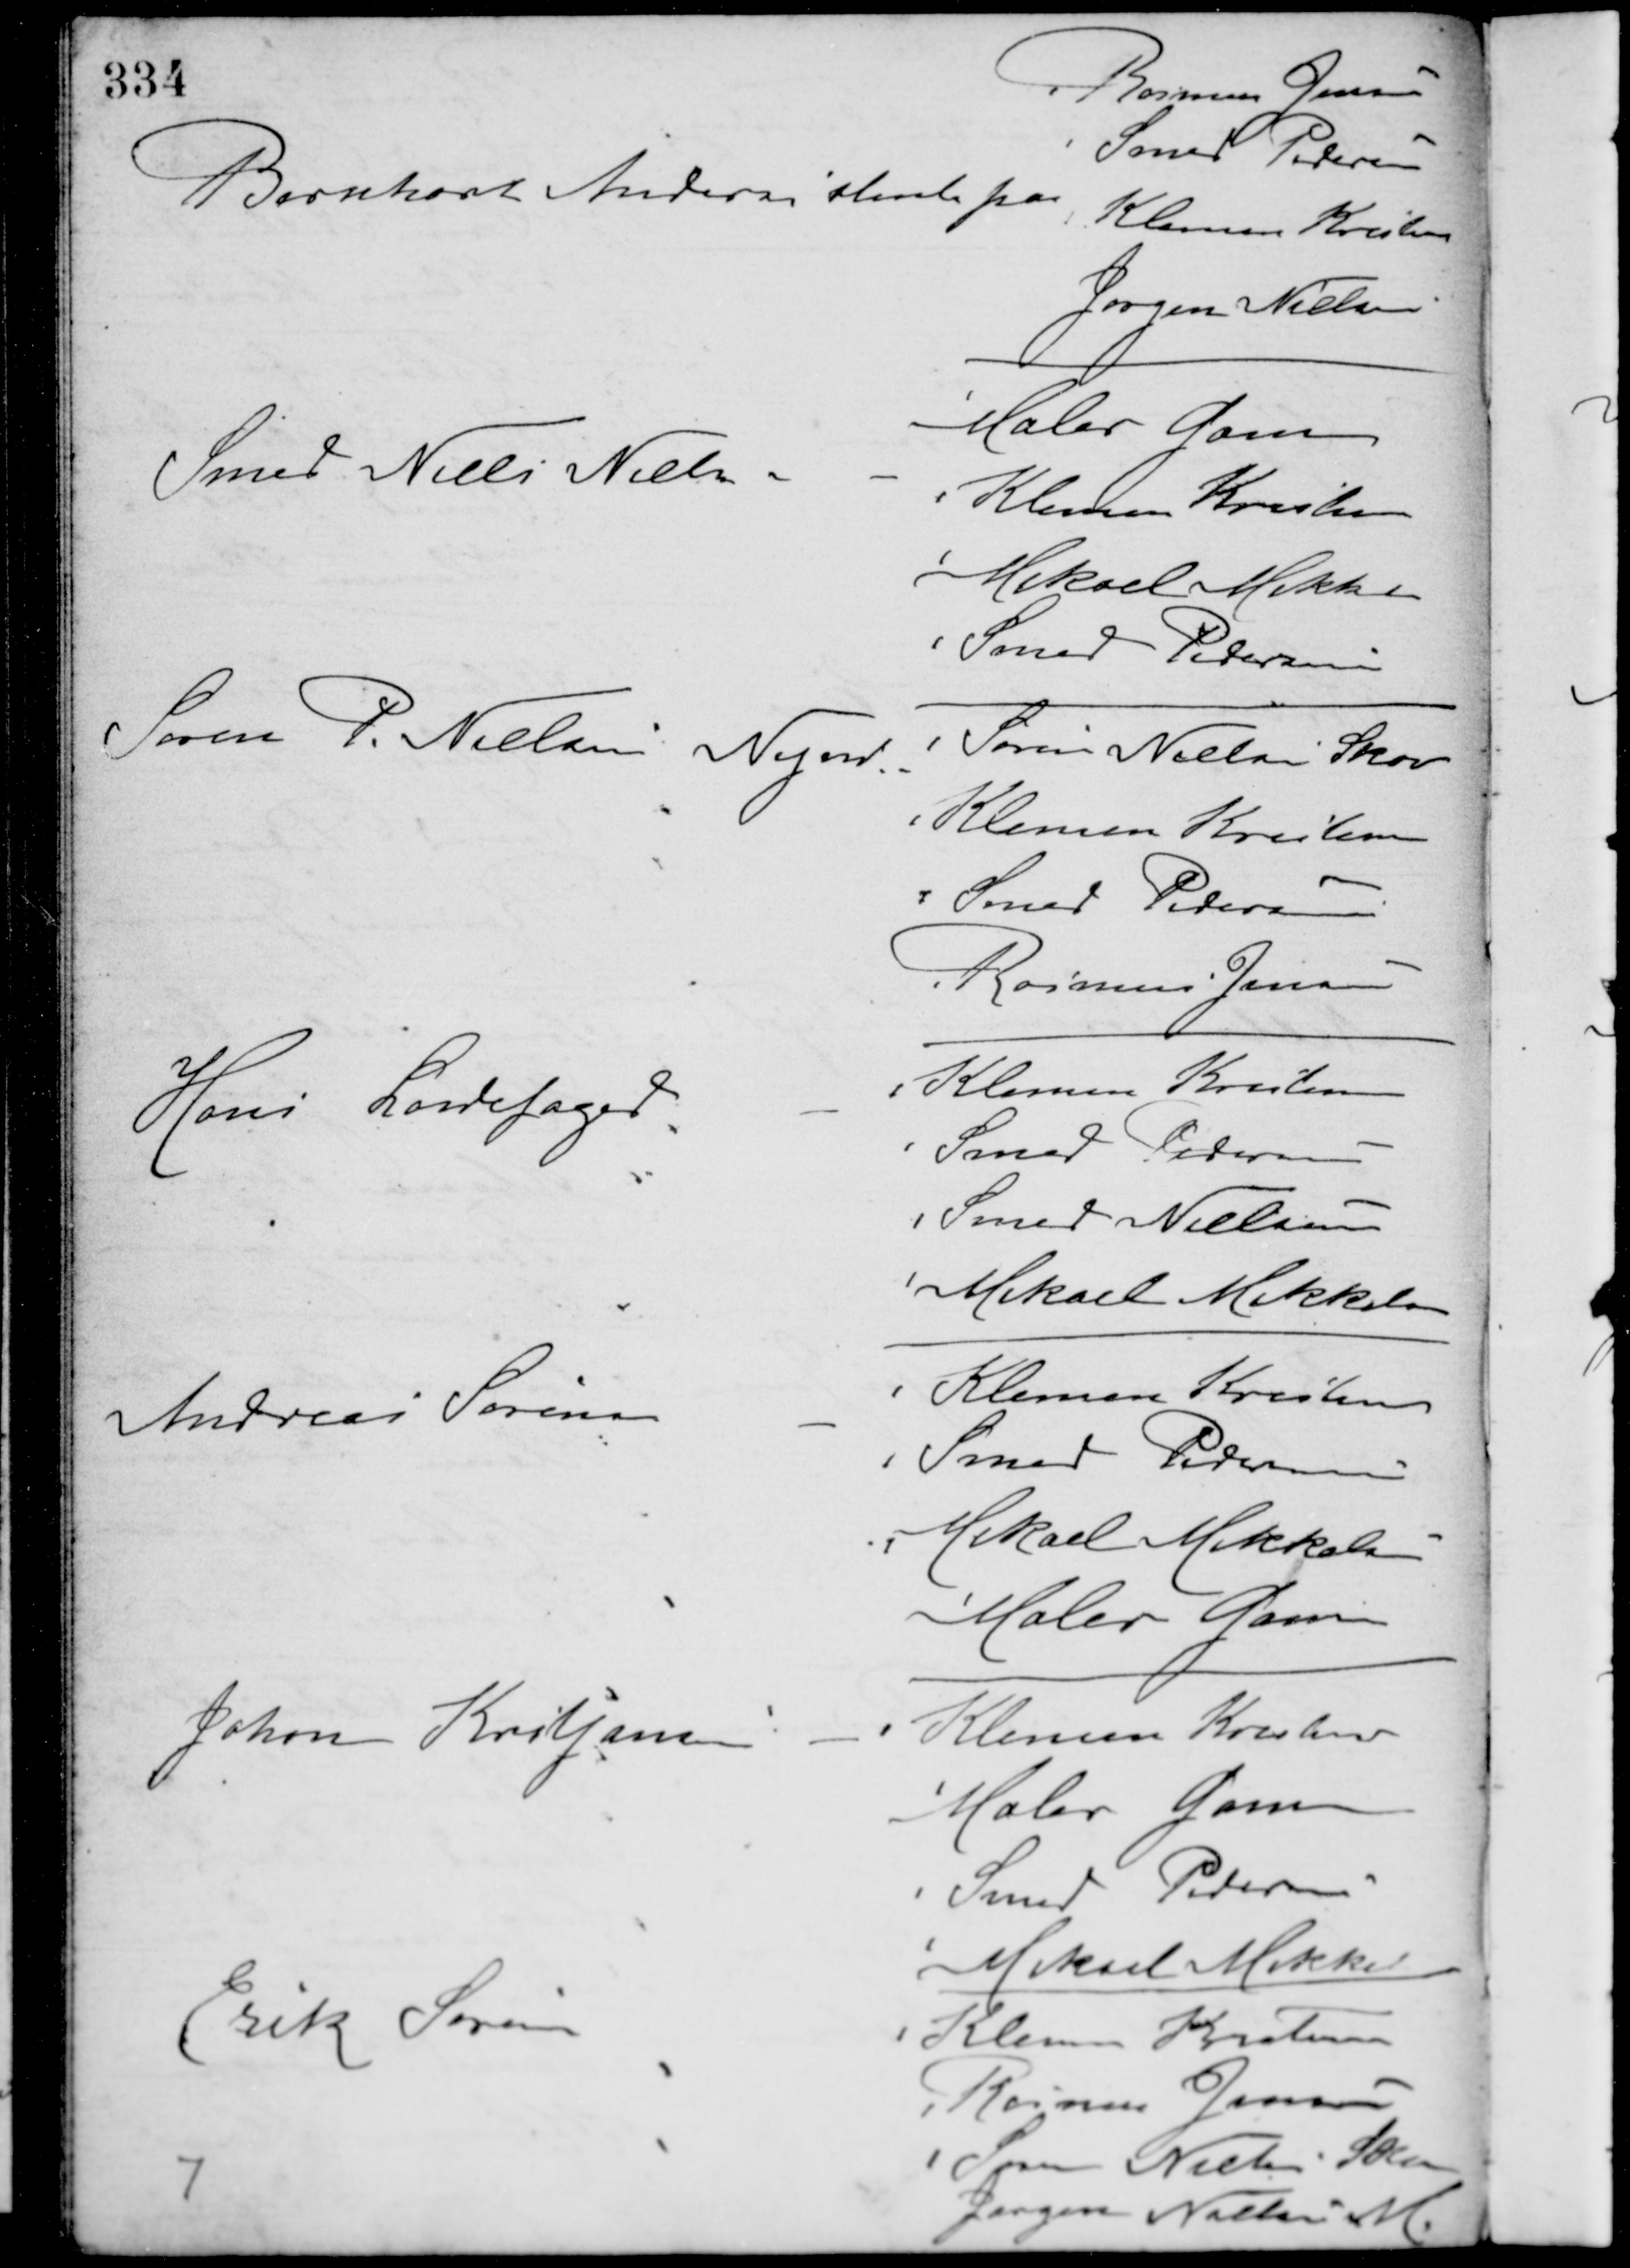
Transskription:
Bernhart Andersen stemte paa
Rasmus Jensen
Smed Pedersen
Klemen Kristensen
Jørgen Nielsen
Smed Niels Nielsen -
Maler Gam
Klemen Kristensen
Mikael Mikkelsen
Smed Pedersen
Søren P. Nielsen Nymk. -
Søren Nielsen Skov
Klemen Kristensen
Smed Pedersen
Rasmus Jensen
Hans Ladefoged -
Klemen Kristensen
Smed Petersen
Smed Nielsen
Mikael Mikkelsen
Andreas Sørensen -
Klemen Kristensen
Smed Pedersen
Mikael Mikkelsen
Maler Gam
Johan Kristjansen -
Klemen Kristensen
Maler Gam
Smed Pedersen
Mikael Mikkelsen
Erik Sørensen
Klemen Kristensen
Rasmus Jensen
Søren Nielsen Skov
Jørgen Nielsen M
7